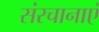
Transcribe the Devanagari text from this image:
संरचानाएं